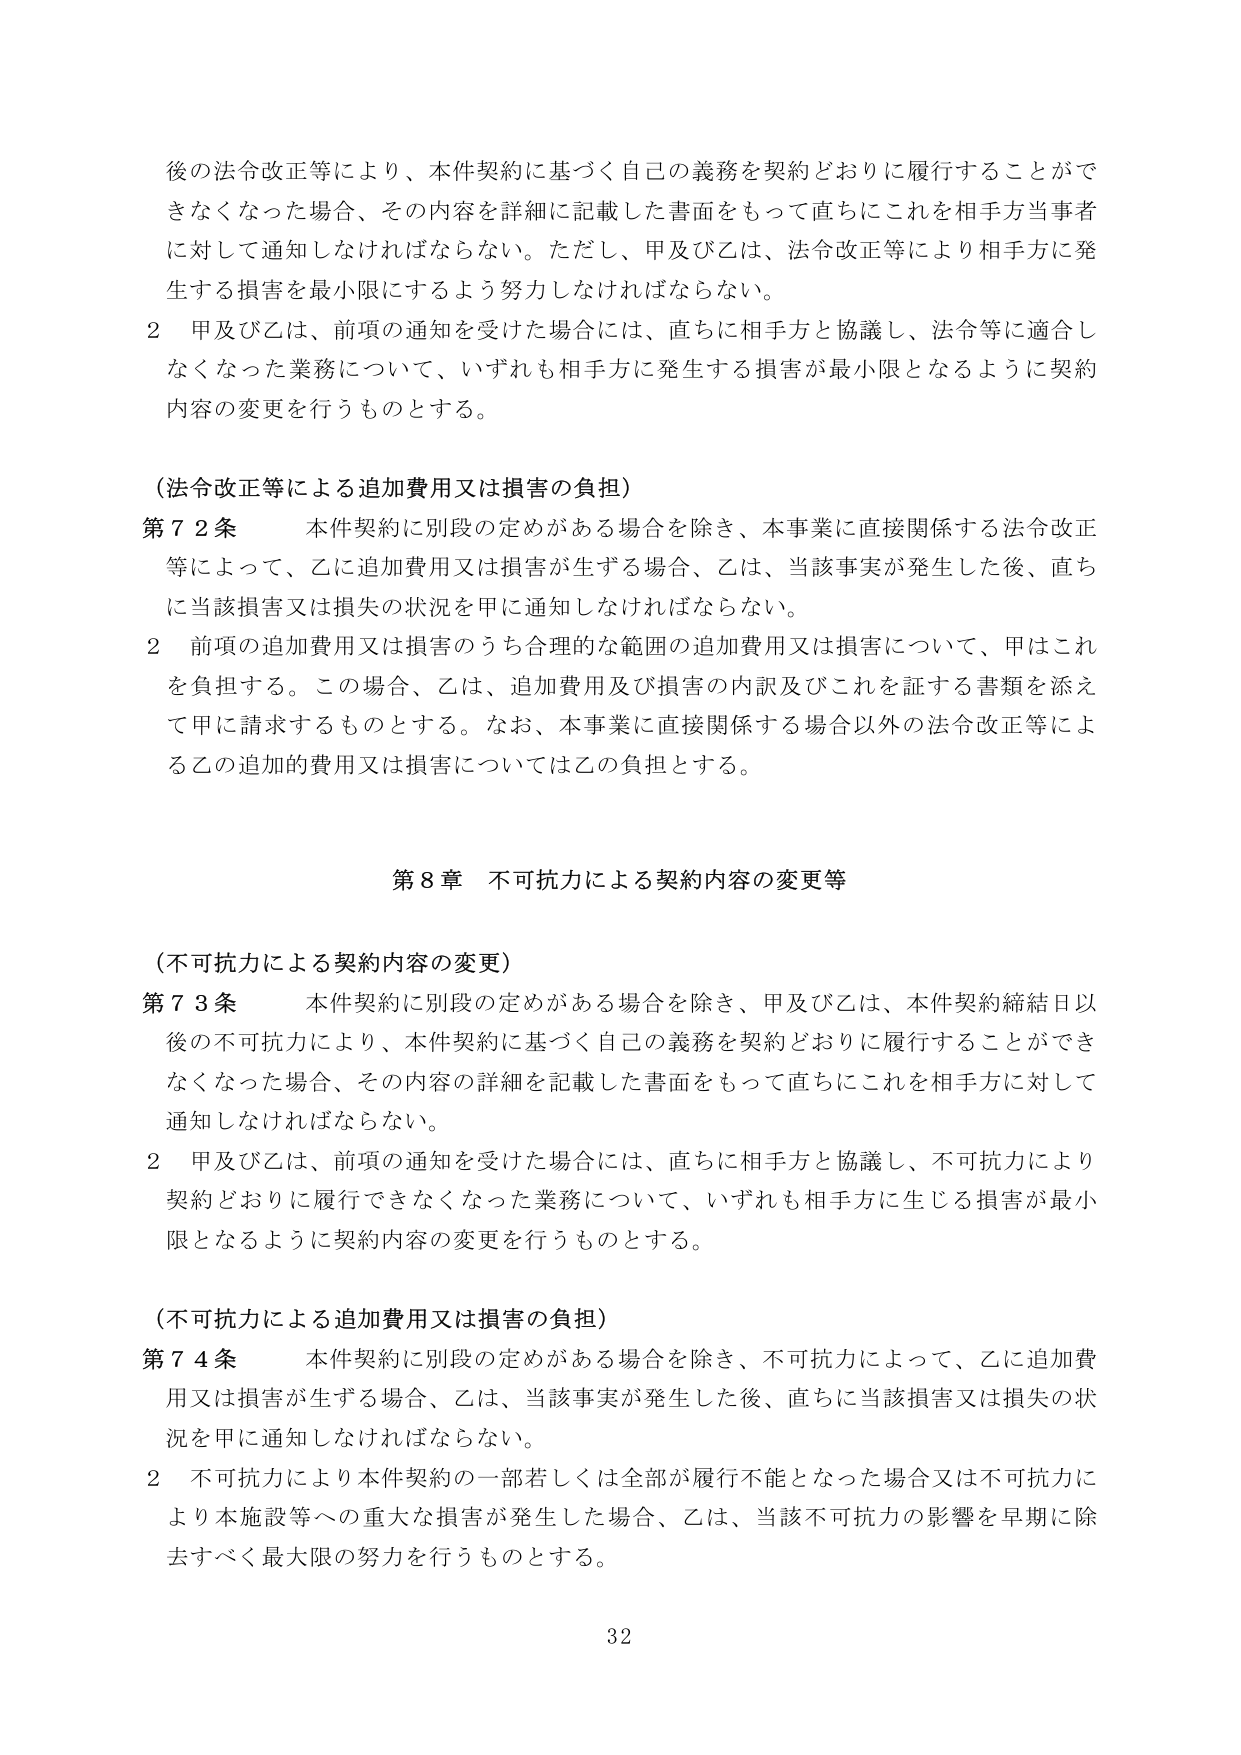
後の法令改正等により、本件契約に基づく自己の義務を契約どおりに履行することができなくなった場合、その内容を詳細に記載した書面をもって直ちにこれを相手方当事者に対して通知しなければならない。ただし、甲及び乙は、法令改正等により相手方に発生する損害を最小限にするよう努力しなければならない。

2 甲及び乙は、前項の通知を受けた場合には、直ちに相手方と協議し、法令等に適合しなくなった業務について、いずれも相手方に発生する損害が最小限となるように契約内容の変更を行うものとする。

（法令改正等による追加費用又は損害の負担）

第72条 本件契約に別段の定めがある場合を除き、本事業に直接関係する法令改正等によって、乙に追加費用又は損害が生ずる場合、乙は、当該事実が発生した後、直ちに当該損害又は損失の状況を甲に通知しなければならない。

2 前項の追加費用又は損害のうち合理的な範囲の追加費用又は損害について、甲はこれを負担する。この場合、乙は、追加費用及び損害の内訳及びこれを証する書類を添えて甲に請求するものとする。なお、本事業に直接関係する場合以外の法令改正等による乙の追加的費用又は損害については乙の負担とする。

第8章 不可抗力による契約内容の変更等

（不可抗力による契約内容の変更）

第73条 本件契約に別段の定めがある場合を除き、甲及び乙は、本件契約締結日以後の不可抗力により、本件契約に基づく自己の義務を契約どおりに履行することができなくなった場合、その内容の詳細を記載した書面をもって直ちにこれを相手方に対して通知しなければならない。

2 甲及び乙は、前項の通知を受けた場合には、直ちに相手方と協議し、不可抗力により契約どおりに履行できなくなった業務について、いずれも相手方に生じる損害が最小限となるように契約内容の変更を行うものとする。

（不可抗力による追加費用又は損害の負担）

第74条 本件契約に別段の定めがある場合を除き、不可抗力によって、乙に追加費用又は損害が生ずる場合、乙は、当該事実が発生した後、直ちに当該損害又は損失の状況を甲に通知しなければならない。

2 不可抗力により本件契約の一部若しくは全部が履行不能となった場合又は不可抗力により本施設等への重大な損害が発生した場合、乙は、当該不可抗力の影響を早期に除去すべく最大限の努力を行うものとする。

32